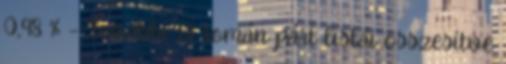
0,98 % – További 13 román párt listái összesítve